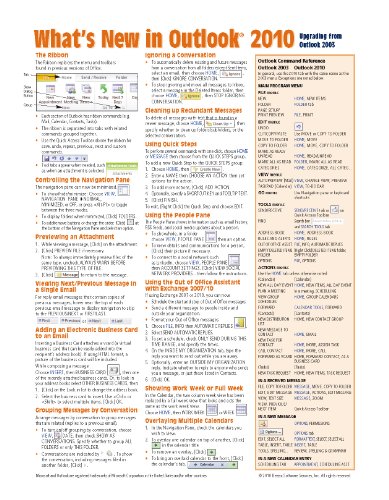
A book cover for What's New in Outlook 2010 (from 2003) Quick Reference Guide (Cheat Sheet of New Features & Instructions - Laminated Card); Beezix Inc.; Computers & Technology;